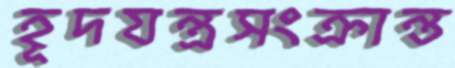
হূদযন্ত্রসংক্রান্ত